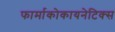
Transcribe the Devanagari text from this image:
फार्माकोकायनेटिक्स